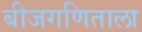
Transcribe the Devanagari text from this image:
बीजगणिताला